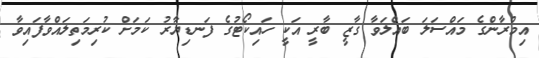
އިމްރާންގެ މައްސަލަ ބައްލަވާ ގާޒީ ބާރީ އަކީ ހައިކޯޓުގެ ފަނޑިޔާރު ކަމަށް ކުރިމަތިލައްވާފައިވާ